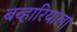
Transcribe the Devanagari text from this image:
बव्हारियाला